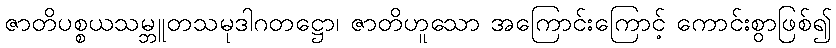
ဇာတိပစ္စယသမ္ဘူတသမုဒါဂတဋ္ဌော၊ ဇာတိဟူသော အကြောင်းကြောင့် ကောင်းစွာဖြစ်၍